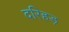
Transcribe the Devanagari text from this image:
दरिहड़